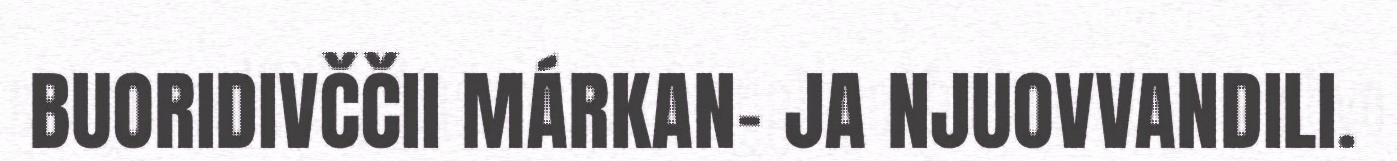
BUORIDIVČČII MÁRKAN- JA NJUOVVANDILI.